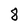
Character: 8